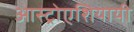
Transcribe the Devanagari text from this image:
आस्ट्रोएशियायी